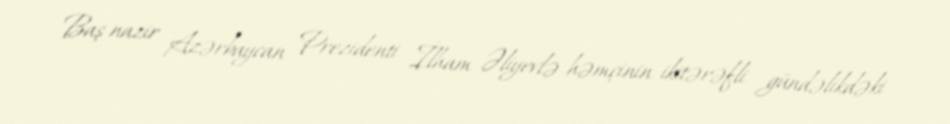
Baş nazir Azərbaycan Prezidenti İlham Əliyevlə həmçinin ikitərəfli gündəlikdəki